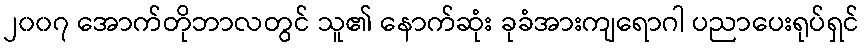
၂၀၀၇ အောက်တိုဘာလတွင် သူ၏ နောက်ဆုံး ခုခံအားကျရောဂါ ပညာပေးရုပ်ရှင်